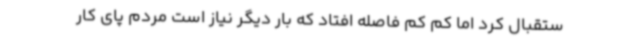
ستقبال کرد اما کم کم فاصله افتاد که بار دیگر نیاز است مردم پای کار